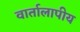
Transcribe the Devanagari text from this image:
वार्तालापीय